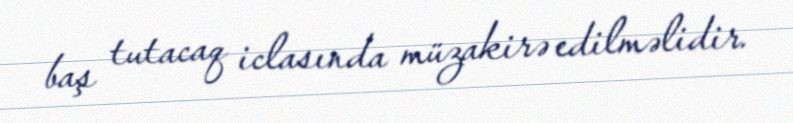
baş tutacaq iclasında müzakirə edilməlidir.